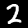
Digit: 2